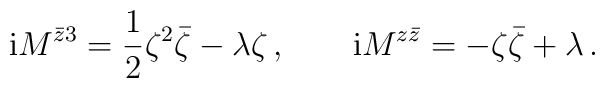
{\rm i}M^{\bar{z}3}=\frac{1}{2}\zeta^2\bar{\zeta}-\lambda\zeta\,,\qquad{\rm i} M^{z\bar{z}}=-\zeta\bar{\zeta}+\lambda\,.